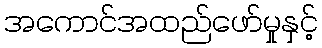
အကောင်အထည်ဖော်မှုနှင့်